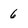
Character: 6